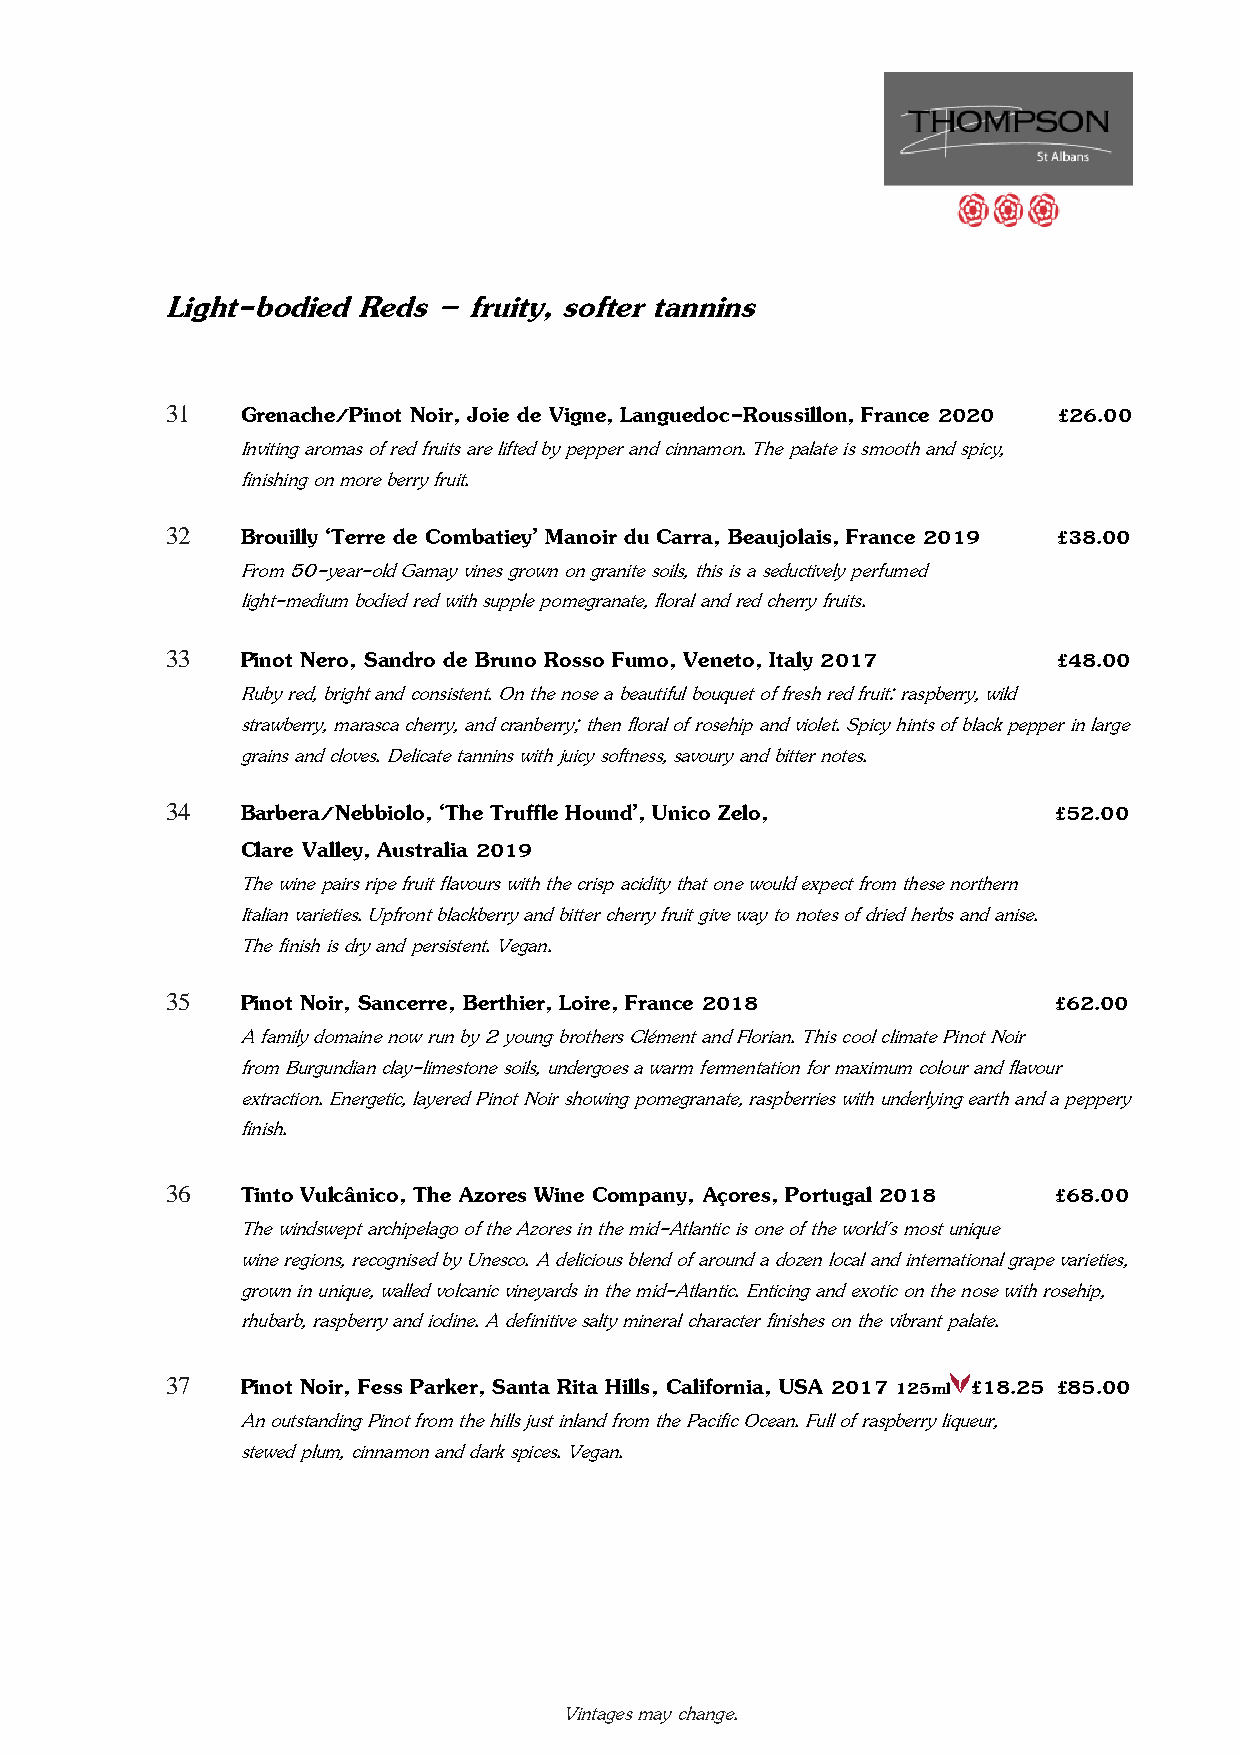
Light-bodied Reds – fruity, softer tannins
 31   Grenache/Pinot Noir, Joie de Vigne, Languedoc-Roussillon, France 2020 £26.00
 Inviting aromas of red fruits are lifted by pepper and cinnamon. The palate is smooth and spicy,
 finishing on more berry fruit.
 32   Brouilly ‘Terre de Combatiey’ Manoir du Carra, Beaujolais, France 2019 £38.00
 From 50-year-old Gamay vines grown on granite soils, this is a seductively perfumed
 light-medium bodied red with supple pomegranate, floral and red cherry fruits.
 33   Pinot Nero, Sandro de Bruno Rosso Fumo, Veneto, Italy 2017 £48.00
 Ruby red, bright and consistent. On the nose a beautiful bouquet of fresh red fruit: raspberry, wild
 strawberry, marasca cherry, and cranberry; then floral of rosehip and violet. Spicy hints of black pepper in large
 grains and cloves. Delicate tannins with juicy softness, savoury and bitter notes.
 34   Barbera/Nebbiolo, ‘The Truffle Hound’, Unico Zelo,    £52.00
 Clare Valley, Australia 2019
 The wine pairs ripe fruit flavours with the crisp acidity that one would expect from these northern
 Italian varieties. Upfront blackberry and bitter cherry fruit give way to notes of dried herbs and anise.
 The finish is dry and persistent. Vegan.
 35   Pinot Noir, Sancerre, Berthier, Loire, France 2018    £62.00
 A family domaine now run by 2 young brothers Clément and Florian. This cool climate Pinot Noir
 from Burgundian clay-limestone soils, undergoes a warm fermentation for maximum colour and flavour
 extraction. Energetic, layered Pinot Noir showing pomegranate, raspberries with underlying earth and a peppery
 finish.
 36   Tinto Vulcânico, The Azores Wine Company, Açores, Portugal 2018 £68.00
 The windswept archipelago of the Azores in the mid-Atlantic is one of the world's most unique
 wine regions, recognised by Unesco. A delicious blend of around a dozen local and international grape varieties,
 grown in unique, walled volcanic vineyards in the mid-Atlantic. Enticing and exotic on the nose with rosehip,
 rhubarb, raspberry and iodine. A definitive salty mineral character finishes on the vibrant palate.
 37   Pinot Noir, Fess Parker, Santa Rita Hills, California, USA 2017 125ml £18.25 £85.00
 An outstanding Pinot from the hills just inland from the Pacific Ocean. Full of raspberry liqueur,
 stewed plum, cinnamon and dark spices. Vegan.
 Vintages may change.